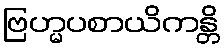
ဗြဟ္မပစာယိကန္တိ